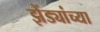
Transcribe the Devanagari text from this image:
झेंड्यांच्या